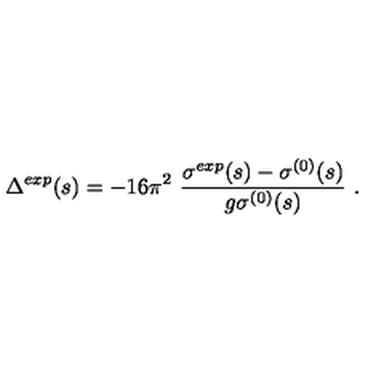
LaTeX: \Delta ^ { e x p } ( s ) = - 1 6 \pi ^ { 2 } \ \frac { \sigma ^ { e x p } ( s ) - \sigma ^ { ( 0 ) } ( s ) } { g \sigma ^ { ( 0 ) } ( s ) } \ .